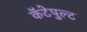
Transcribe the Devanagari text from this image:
कॅटेपुल्ट